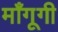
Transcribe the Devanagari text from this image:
माँगूगी